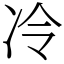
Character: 冷